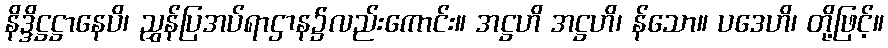
နိဒ္ဒိဋ္ဌဋ္ဌာနေပိ၊ ညွှန်ပြအပ်ရာဌာန၌လည်းကောင်း။ အဋ္ဌဟိ အဋ္ဌဟိ၊ န်သော။ ပဒေဟိ၊ တို့ဖြင့်။